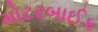
મોટરબાઈક